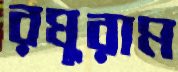
রঘুরাম